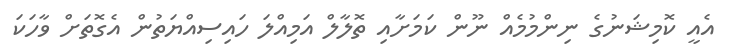
އެއީ ކޮމިޝަނުގެ ނިންމުމެއް ނޫން ކަމަށާއި ތޮލާލް އަމިއްލަ ހައިސިއްޔަތުން އެގޮތަށް ވާހަކަ